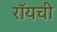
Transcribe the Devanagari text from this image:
रॉयची